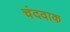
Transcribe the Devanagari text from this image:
चंदवाक